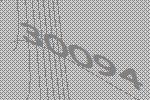
30094